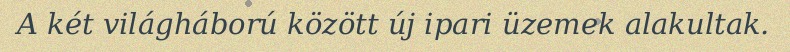
A két világháború között új ipari üzemek alakultak.